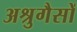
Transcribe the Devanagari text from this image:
अश्रुगैसों